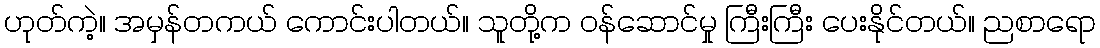
ဟုတ်ကဲ့။ အမှန်တကယ် ကောင်းပါတယ်။ သူတို့က ဝန်ဆောင်မှု ကြီးကြီး ပေးနိုင်တယ်။ ညစာရော